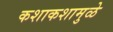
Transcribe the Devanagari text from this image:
कशाकशामुळे